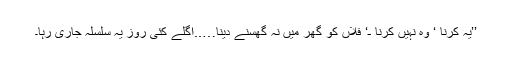
’’یہ کرنا ‘ وہ نہیں کرنا ـ‘ فلاں کو گھر میں نہ گھسنے دینا…..اگلے کئی روز یہ سلسلہ جاری رہا۔